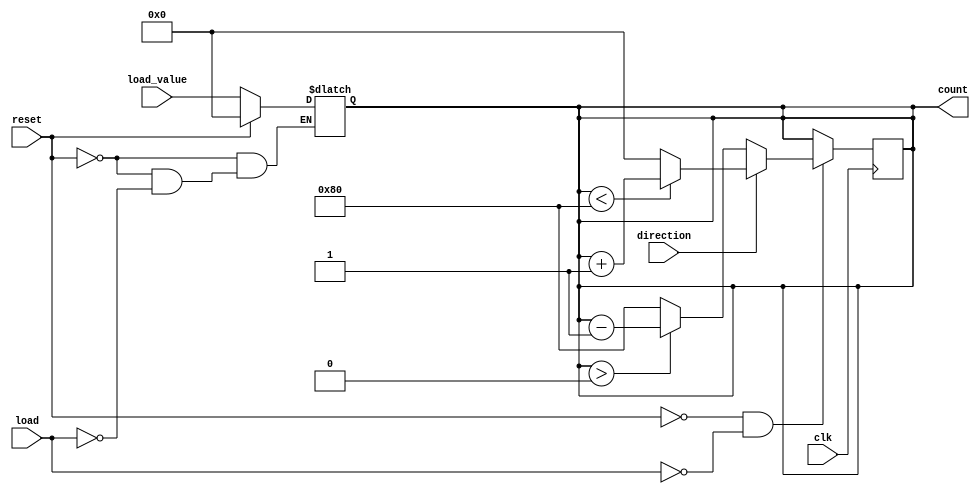
module async_load_counter (
    input wire clk,
    input wire load,
    input wire reset,
    input wire direction,
    input wire [N-1:0] load_value, // N is the bit width of the counter
    output reg [N-1:0] count // Output count
);

parameter N = 8; // Define the bit-width of the counter, can be adjusted

always @(*) begin
    if (reset) begin
        count = 0; // Asynchronous reset
    end else if (load) begin
        count = load_value; // Asynchronous load
    end
end

always @(posedge clk) begin
    if (!reset && !load) begin
        if (direction) begin
            if (count < {1'b1, {N-1{1'b0}}}) begin // Handle overflow for up counting
                count <= count + 1;
            end else begin
                count <= 0; // Wrap around to zero
            end
        end else begin
            if (count > 0) begin // Prevent underflow
                count <= count - 1;
            end else begin
                count <= {1'b1, {N-1{1'b0}}}; // Wrap to max value
            end
        end
    end
end

endmodule